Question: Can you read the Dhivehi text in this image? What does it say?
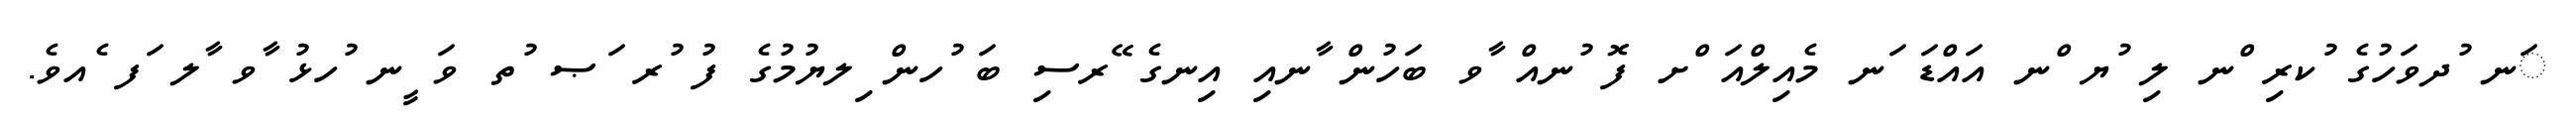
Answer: ަނ ުދވަހުގެ ުކރި ްނ ލި ުޔ ްނ އައްޑަ ަނ މެއިލްއަ ްށ ފޮ ުނއް ާވ ބަހުން ާނއި އިނގެ ޭރސި ބަ ުހން ިލޔުމުގެ ފު ުރ ަޞ ުތ ވަ ީނ ުހޅު ާވ ާލ ަފ ެއވެ.